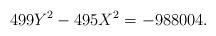
LaTeX: \begin{align*}499Y^2-495X^2=-988004.\end{align*}